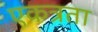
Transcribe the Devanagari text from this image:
एकत्रता